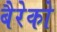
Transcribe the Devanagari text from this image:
बैरेको